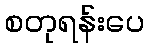
စတုရန်းပေ